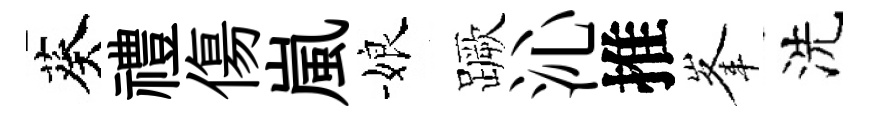
葵禮傷嵐娘蹶沁推峯洗